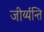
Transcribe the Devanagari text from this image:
जीर्य्यन्ति